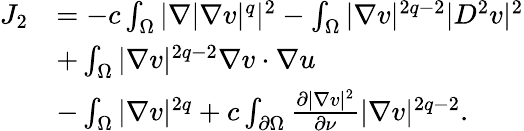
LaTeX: \begin{array}{rl}{J_{2}}&{=-c\int_{\Omega}|\nabla|\nabla v|^{q}|^{2}-\int_{\Omega}|\nabla v|^{2q-2}|D^{2}v|^{2}}\\ &{+\int_{\Omega}|\nabla v|^{2q-2}\nabla v\cdot\nabla u}\\ &{-\int_{\Omega}|\nabla v|^{2q}+c\int_{\partial\Omega}\frac{\partial|\nabla v|^{2}}{\partial\nu}|\nabla v|^{2q-2}.}\end{array}